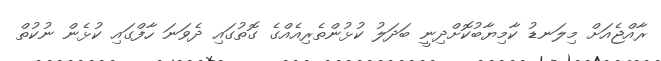
ރާއްޖެއަށް މިލަނޑު ކާމިޔާބުކޮށްދިނީ ބަދަލު ކުޅުންތެރިއެއްގެ ގޮތުގައި ދެވަނަ ހާފްގައި ކުޅެން ނުކުތް